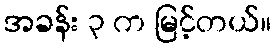
အခန်း ၃ က မြင့်တယ်။